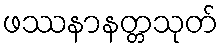
ဖဿနာနတ္တသုတ်